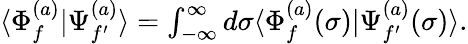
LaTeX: \begin{array}{r}{\langle\Phi_{f}^{(a)}|\Psi_{f^{\prime}}^{(a)}\rangle=\int_{-\infty}^{\infty}d\sigma\langle\Phi_{f}^{(a)}(\sigma)|\Psi_{f^{\prime}}^{(a)}(\sigma)\rangle.}\end{array}